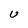
Character: U